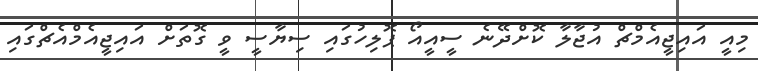
މިއީ އައިޖީއެމްޗް އުޖާލާ ކޮށްދޭނެ ސީއީއޯ ޕޮލިހުގައި ސިޔާސީ ވީ ގޮތަށް އައިޖީއެމްއެޗްގައި